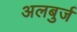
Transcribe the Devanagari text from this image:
अलबुर्ज